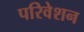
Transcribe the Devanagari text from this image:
परिवेशन